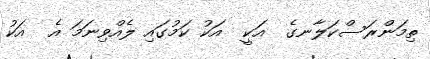
ތިމަންރަސްކަލާނގެ  އަކީ  އަކު ކަމުގައި ލެއްވިނަމަަ އެ  އަކު